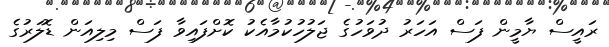
ރައީސް ޔާމީން ފަސް އަހަރު ދުވަހުގެ ޖަލުހުކުމާއެކު ކޮށްފައިވާ ފަސް މިލިއަން ޑޮލަރުގެ